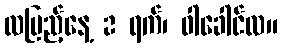
လပြည့်နေ့ 2 ရက်၊ ဝါခေါင်လ။